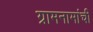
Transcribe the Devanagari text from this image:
ग्रामनामांची